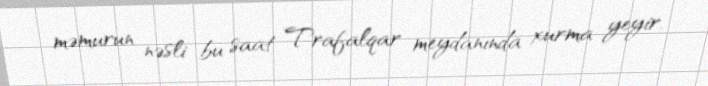
məmurun nəsli bu saat Trafalqar meydanında xurma yeyir.